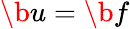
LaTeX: \b{u}=\b{f}